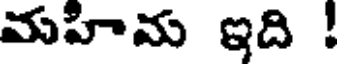
మహిమ ఇది !